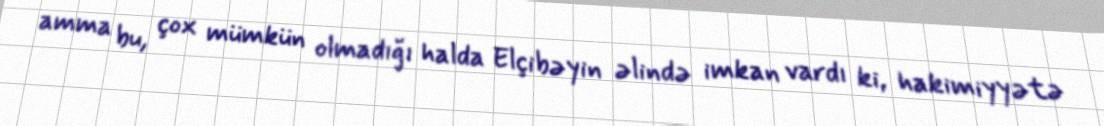
amma bu, çox mümkün olmadığı halda Elçibəyin əlində imkan vardı ki, hakimiyyətə